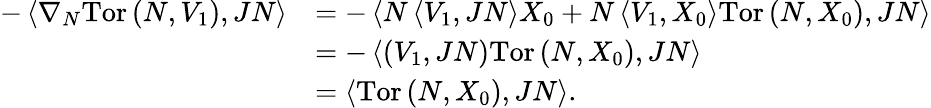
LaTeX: \begin{array}{rl}{-\left\langle\nabla_{N}\mathrm{Tor}\left(N,V_{1}\right),JN\right\rangle}&{=-\left\langle N\left\langle V_{1},JN\right\rangle X_{0}+N\left\langle V_{1},X_{0}\right\rangle\mathrm{Tor}\left(N,X_{0}\right),JN\right\rangle}\\ &{=-\left\langle\left(V_{1},JN\right)\mathrm{Tor}\left(N,X_{0}\right),JN\right\rangle}\\ &{=\left\langle\mathrm{Tor}\left(N,X_{0}\right),JN\right\rangle.}\end{array}